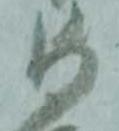
与